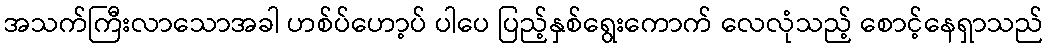
အသက်ကြီးလာသောအခါ ဟစ်ပ်ဟော့ပ် ပါပေ ပြည့်နှစ်ရွေးကောက် လေလုံသည့် စောင့်နေရှာသည်